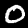
Label: 0